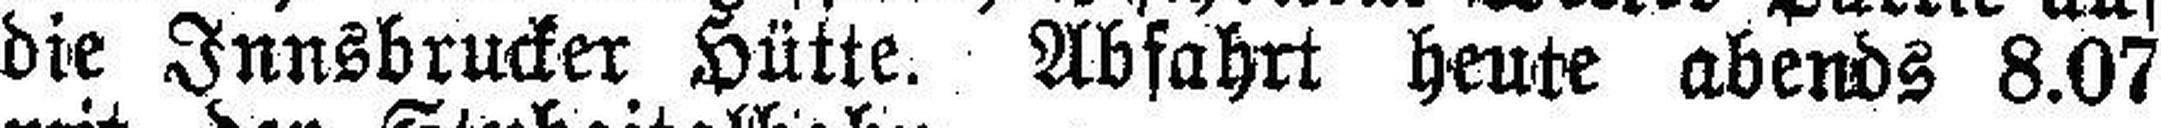
die Innsbrucker Hütte. Abfahrt heute abends 8.07